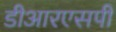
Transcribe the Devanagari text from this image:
डीआरएसपी